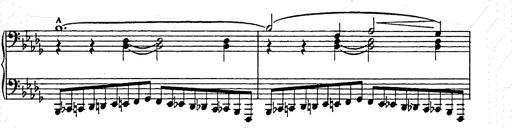
Title: Ballade No.2
Composer: Jan Skrzydlewski
Key: B minor